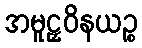
အမူဠှဝိနယဉ္စ